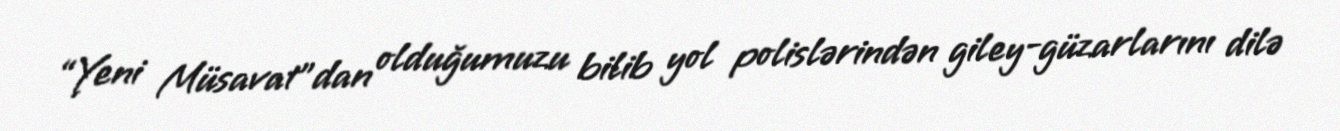
“Yeni Müsavat”dan olduğumuzu bilib yol polislərindən giley-güzarlarını dilə